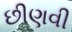
છીણવી